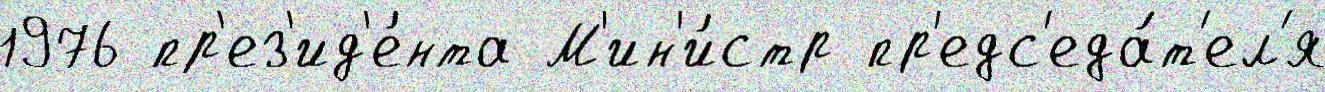
1976 пр'ез'ид'е́нта М'ин'и́стр пр'едс'еда́т'ел'я